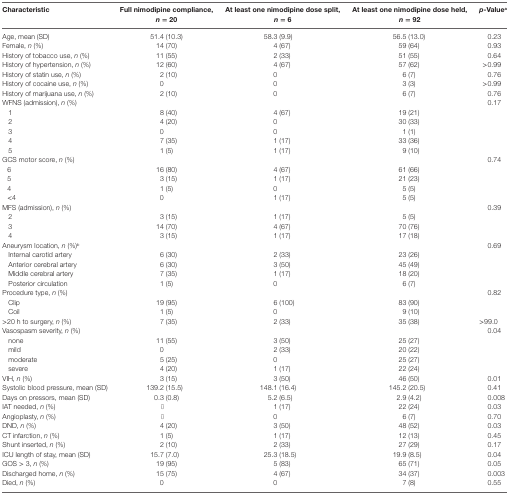
<table><thead><tr><td><b>Characteristic</b></td><td><b>Full nimodipine compliance, <i>n</i> = 20</b></td><td><b>At least one nimodipine dose split, <i>n</i> = 6</b></td><td><b>At least one nimodipine dose held, <i>n</i> = 92</b></td><td><b><i>p</i>-Value<sup>a</sup></b></td></tr></thead><tbody><tr><td>Age, mean (SD)</td><td>51.4 (10.3)</td><td>58.3 (9.9)</td><td>56.5 (13.0)</td><td>0.23</td></tr><tr><td>Female, <i>n</i> (%)</td><td>14 (70)</td><td>4 (67)</td><td>59 (64)</td><td>0.93</td></tr><tr><td>History of tobacco use, <i>n</i> (%)</td><td>11 (55)</td><td>2 (33)</td><td>51 (55)</td><td>0.64</td></tr><tr><td>History of hypertension, <i>n</i> (%)</td><td>12 (60)</td><td>4 (67)</td><td>57 (62)</td><td>&gt;0.99</td></tr><tr><td>History of statin use, <i>n</i> (%)</td><td>2 (10)</td><td>0</td><td>6 (7)</td><td>0.76</td></tr><tr><td>History of cocaine use, <i>n</i> (%)</td><td>0</td><td>0</td><td>3 (3)</td><td>&gt;0.99</td></tr><tr><td>History of marijuana use, <i>n</i> (%)</td><td>2 (10)</td><td>0</td><td>6 (7)</td><td>0.76</td></tr><tr><td>WFNS (admission), <i>n</i> (%)</td><td></td><td></td><td></td><td rowspan="6">0.17</td></tr><tr><td> 1</td><td>8 (40)</td><td>4 (67)</td><td>19 (21)</td></tr><tr><td> 2</td><td>4 (20)</td><td>0</td><td>30 (33)</td></tr><tr><td> 3</td><td>0</td><td>0</td><td>1 (1)</td></tr><tr><td> 4</td><td>7 (35)</td><td>1 (17)</td><td>33 (36)</td></tr><tr><td> 5</td><td>1 (5)</td><td>1 (17)</td><td>9 (10)</td></tr><tr><td>GCS motor score, <i>n</i> (%)</td><td></td><td></td><td></td><td rowspan="5">0.74</td></tr><tr><td> 6</td><td>16 (80)</td><td>4 (67)</td><td>61 (66)</td></tr><tr><td> 5</td><td>3 (15)</td><td>1 (17)</td><td>21 (23)</td></tr><tr><td> 4</td><td>1 (5)</td><td>0</td><td>5 (5)</td></tr><tr><td> &lt;4</td><td>0</td><td>1 (17)</td><td>5 (5)</td></tr><tr><td>MFS (admission), <i>n</i> (%)</td><td></td><td></td><td></td><td rowspan="4">0.39</td></tr><tr><td> 2</td><td>3 (15)</td><td>1 (17)</td><td>5 (5)</td></tr><tr><td> 3</td><td>14 (70)</td><td>4 (67)</td><td>70 (76)</td></tr><tr><td> 4</td><td>3 (15)</td><td>1 (17)</td><td>17 (18)</td></tr><tr><td>Aneurysm location, <i>n</i> (%)<sup>b</sup></td><td></td><td></td><td></td><td rowspan="5">0.69</td></tr><tr><td> Internal carotid artery</td><td>6 (30)</td><td>2 (33)</td><td>23 (26)</td></tr><tr><td> Anterior cerebral artery</td><td>6 (30)</td><td>3 (50)</td><td>45 (49)</td></tr><tr><td> Middle cerebral artery</td><td>7 (35)</td><td>1 (17)</td><td>18 (20)</td></tr><tr><td> Posterior circulation</td><td>1 (5)</td><td>0</td><td>6 (7)</td></tr><tr><td>Procedure type, <i>n</i> (%)</td><td></td><td></td><td></td><td rowspan="3">0.82</td></tr><tr><td> Clip</td><td>19 (95)</td><td>6 (100)</td><td>83 (90)</td></tr><tr><td> Coil</td><td>1 (5)</td><td>0</td><td>9 (10)</td></tr><tr><td>&gt;20 h to surgery, <i>n</i> (%)</td><td>7 (35)</td><td>2 (33)</td><td>35 (38)</td><td>&gt;99.0</td></tr><tr><td>Vasospasm severity, <i>n</i> (%)</td><td></td><td></td><td></td><td rowspan="5">0.04</td></tr><tr><td> none</td><td>11 (55)</td><td>3 (50)</td><td>25 (27)</td></tr><tr><td> mild</td><td>0</td><td>2 (33)</td><td>20 (22)</td></tr><tr><td> moderate</td><td>5 (25)</td><td>0</td><td>25 (27)</td></tr><tr><td> severe</td><td>4 (20)</td><td>1 (17)</td><td>22 (24)</td></tr><tr><td>VIH, <i>n</i> (%)</td><td>3 (15)</td><td>3 (50)</td><td>46 (50)</td><td>0.01</td></tr><tr><td>Systolic blood pressure, mean (SD)</td><td>139.2 (15.5)</td><td>148.1 (16.4)</td><td>145.2 (20.5)</td><td>0.41</td></tr><tr><td>Days on pressors, mean (SD)</td><td>0.3 (0.8)</td><td>5.2 (6.5)</td><td>2.9 (4.2)</td><td>0.008</td></tr><tr><td>IAT needed, <i>n</i> (%)</td><td>0</td><td>1 (17)</td><td>22 (24)</td><td>0.03</td></tr><tr><td>Angioplasty, <i>n</i> (%)</td><td>0</td><td>0</td><td>6 (7)</td><td>0.70</td></tr><tr><td>DND, <i>n</i> (%)</td><td>4 (20)</td><td>3 (50)</td><td>48 (52)</td><td>0.03</td></tr><tr><td>CT infarction, <i>n</i> (%)</td><td>1 (5)</td><td>1 (17)</td><td>12 (13)</td><td>0.45</td></tr><tr><td>Shunt inserted, <i>n</i> (%)</td><td>2 (10)</td><td>2 (33)</td><td>27 (29)</td><td>0.17</td></tr><tr><td>ICU length of stay, mean (SD)</td><td>15.7 (7.0)</td><td>25.3 (18.5)</td><td>19.9 (8.5)</td><td>0.04</td></tr><tr><td>GOS &gt; 3, <i>n</i> (%)</td><td>19 (95)</td><td>5 (83)</td><td>65 (71)</td><td>0.05</td></tr><tr><td>Discharged home, <i>n</i> (%)</td><td>15 (75)</td><td>4 (67)</td><td>34 (37)</td><td>0.003</td></tr><tr><td>Died, <i>n</i> (%)</td><td>0</td><td>0</td><td>7 (8)</td><td>0.55</td></tr></tbody></table>